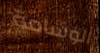
الوسامة